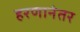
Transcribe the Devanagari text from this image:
हरणानंतर